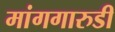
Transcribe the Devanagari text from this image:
मांगगारुडी